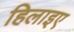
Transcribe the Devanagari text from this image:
हिलाइए